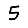
Digit: 5